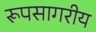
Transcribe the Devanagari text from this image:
रूपसागरीय